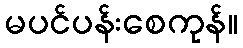
မပင်ပန်းစေကုန်။